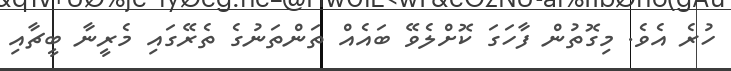
ހުރެ އެވެ. މިގޮތުން ފާހަގަ ކޮށްލެވޭ ބައެއް ތަންތަނުގެ ތެރޭގައި މެރީނާ ބީޗާއި